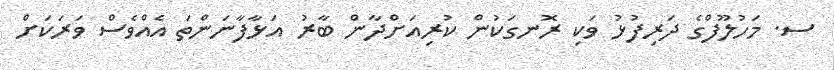
ސ. މަހުލޫފްގެ ދަރިފުޅު ވަކި ރޮނގަކުން ކުރިއަށްދާން ބާރު އަޅާފާނަންތަ އެއްވެސް ވަރަކަށް